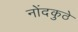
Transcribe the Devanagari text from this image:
नोंदकुठे